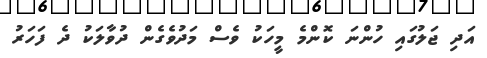
އަދި ޖަލުގައި ހުންނަ ކޮންމެ މީހަކު ވެސް މަދުވެގެން ދުވާލަކު ދެ ފަހަރު